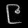
Digit: ၉